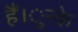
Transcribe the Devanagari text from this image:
हैं।ुन्के